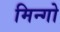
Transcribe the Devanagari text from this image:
मिन्गो